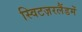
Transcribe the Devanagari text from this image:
स्विटज़रलैंडमें